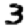
Digit: 3